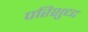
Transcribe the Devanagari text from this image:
परिशुध्द